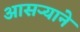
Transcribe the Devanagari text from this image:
आसऱ्याने